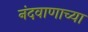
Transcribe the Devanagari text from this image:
नंदवाणाच्या